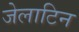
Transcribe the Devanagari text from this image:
जेलाटिन